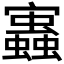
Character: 𧔃